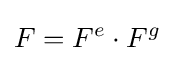
F=F^{e}\cdot F^{g}